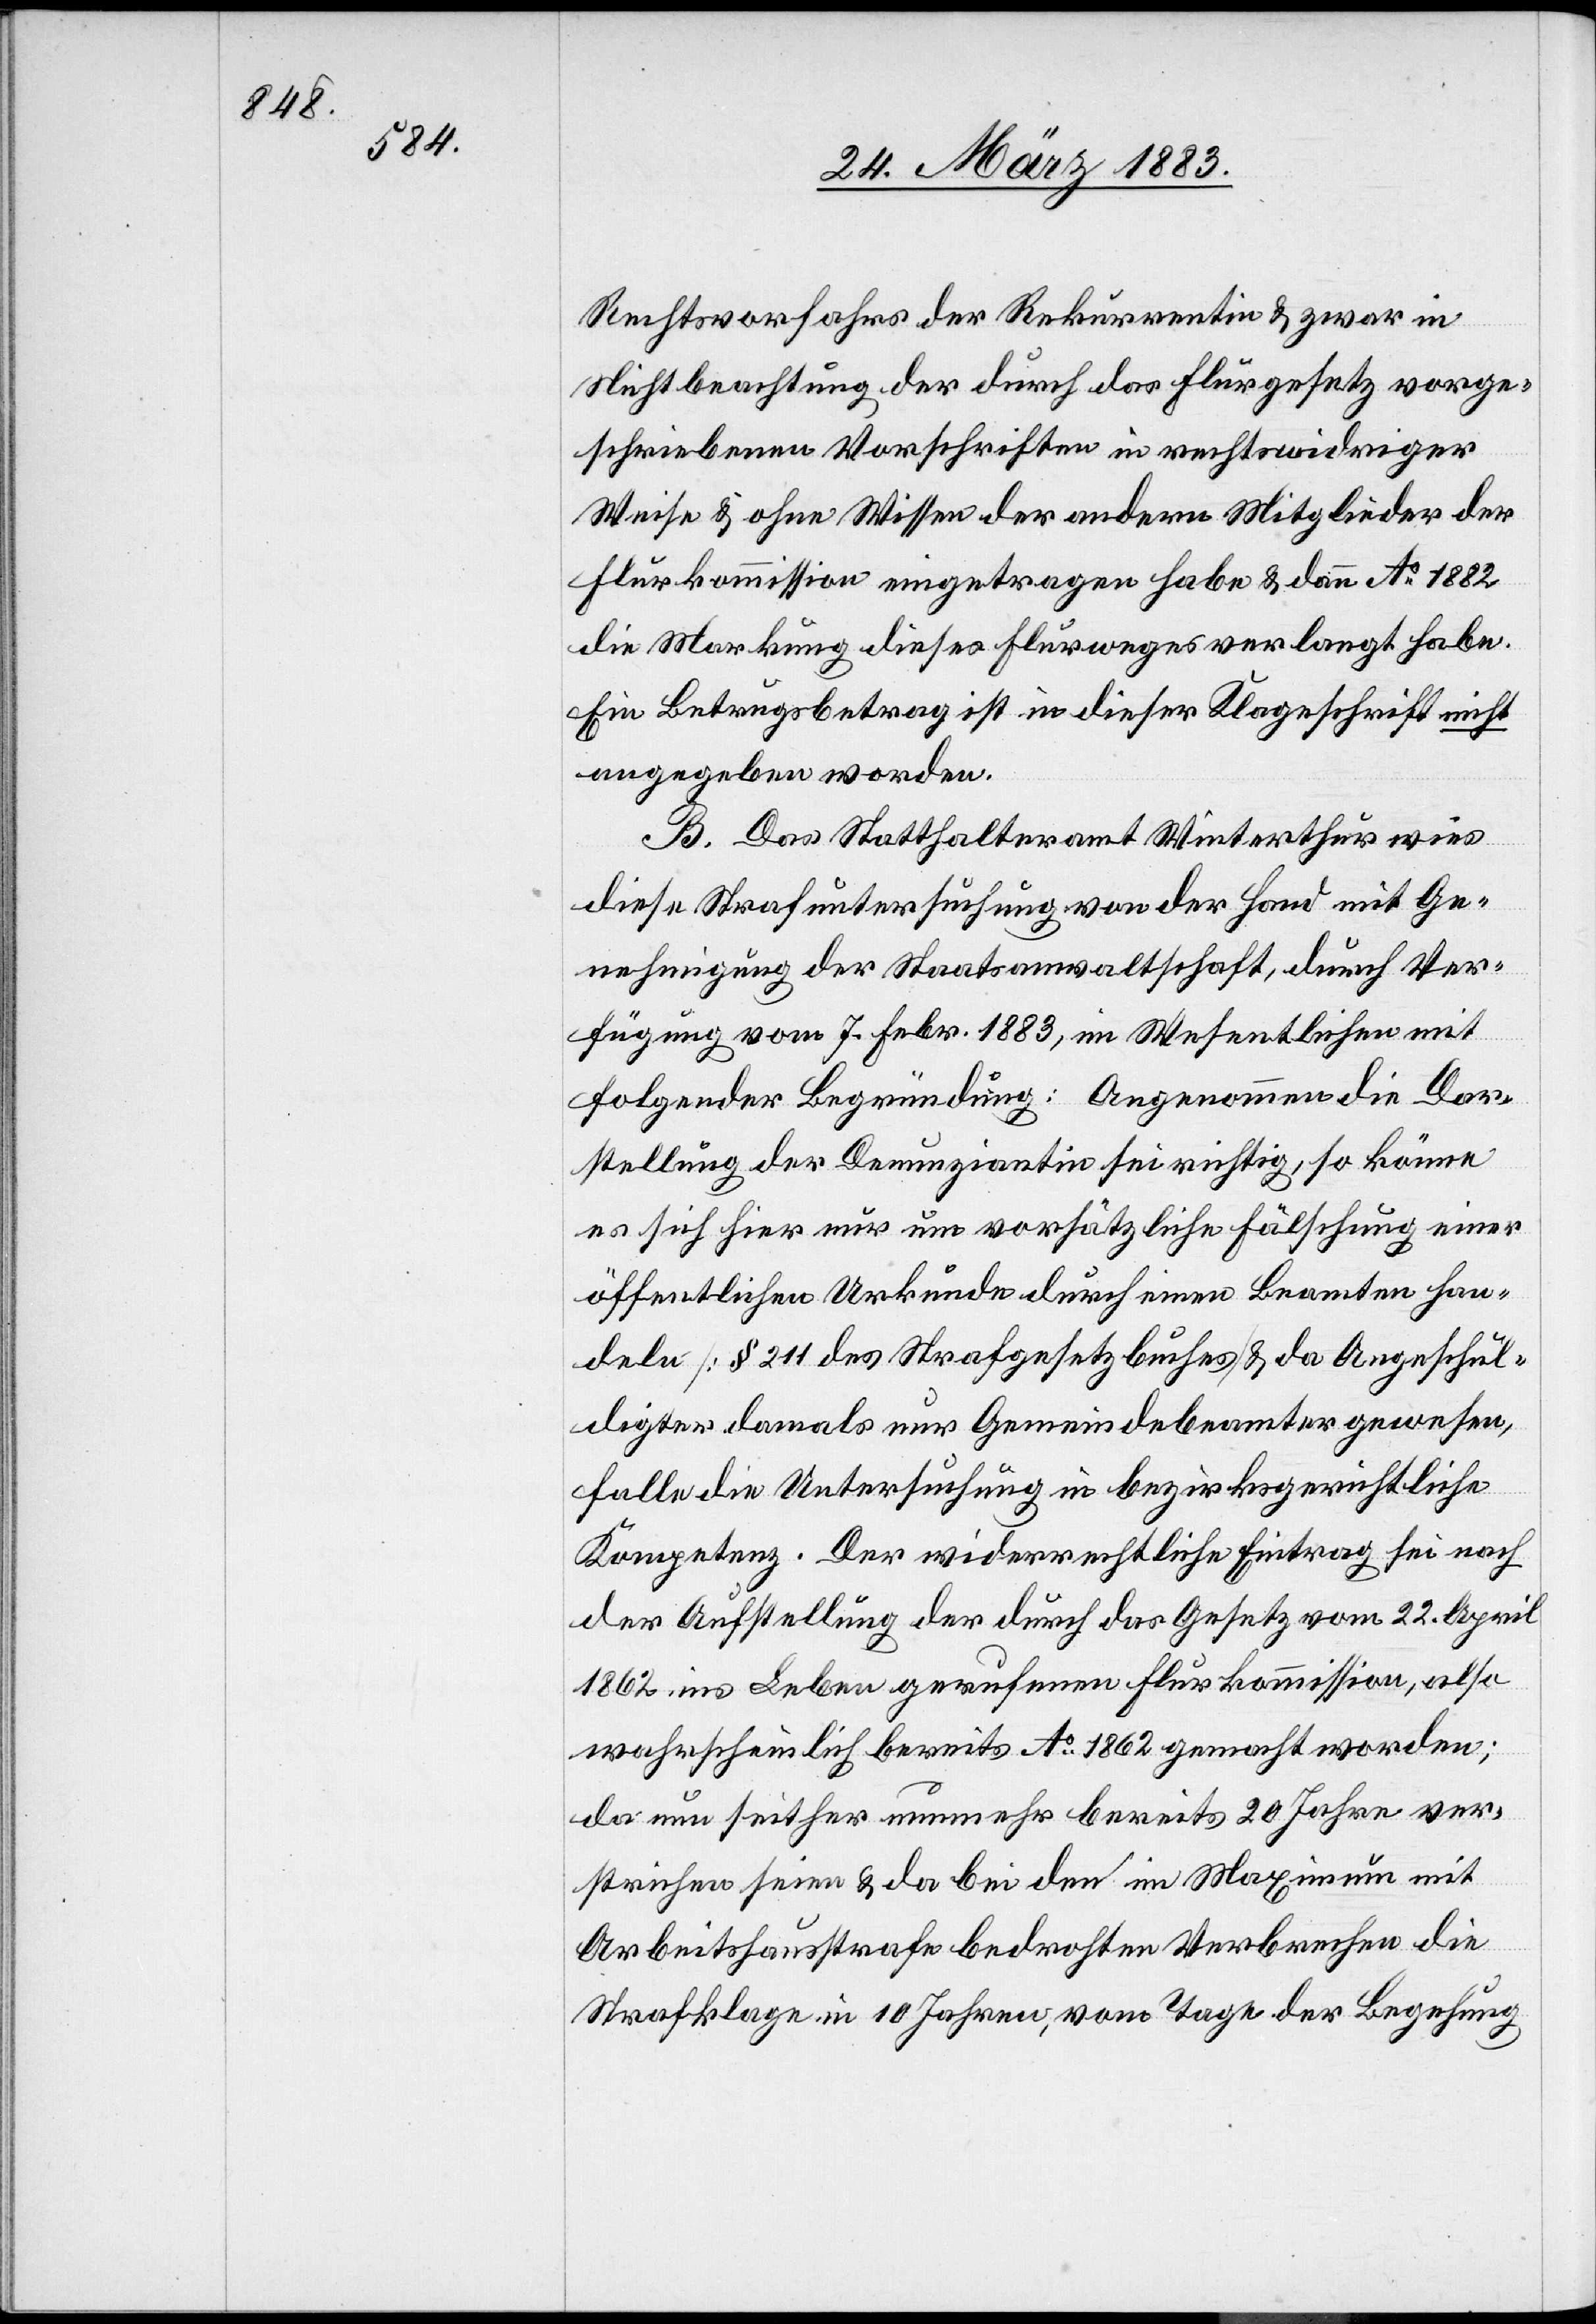
Rechtsvorfahrs der Rekurrentin & zwar in
Nichtbeachtung der durch das Flurgesetz vorge¬
schriebenen Vorschriften in rechtswidriger
Weise & ohne Wissen der andern Mitglieder der
Flurkommission eingetragen habe & dann Ao 1882
die Markung dieses Flurweges verlangt habe.
Ein Betrugsbetrag ist in dieser Klageschrift nicht
angegeben worden.
B. Das Statthalteramt Winterthur wies
diese Strafuntersuchung von der Hand mit Ge¬
nehmigung der Staatsanwaltschaft, durch Ver¬
fügung vom 7. Febr. 1883, im Wesentlichen mit
folgender Begründung: Angenommen die Dar¬
stellung der Denunziantin sei richtig, so könne
es sich hier nur um vorsätzliche Fälschung einer
öffentlichen Urkunde durch einen Beamten han¬
deln [§ 211 des Strafgesetzbuches] & da Angeschul¬
digter damals nur Gemeindebeamter gewesen,
falle die Untersuchung in bezirksgerichtliche
Kompetenz. Der widerrechtliche Eintrag sei nach
der Aufstellung der durch das Gesetz vom 22. April
1862 ins Leben gerufenen Flurkommission, also
wahrscheinlich bereits Ao 1862 gemacht worden;
da nun seither nunmehr bereits 20 Jahre ver¬
strichen seien & da bei den im Maximum mit
Arbeitshausstrafe bedrohten Verbrechen die
Strafklage in 10 Jahren, vom Tage der Begehung